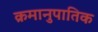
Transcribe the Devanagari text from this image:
क्रमानुपातिक